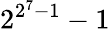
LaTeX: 2^{2^{7}-1}-1